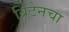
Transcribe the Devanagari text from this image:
ब्रिटेनचा